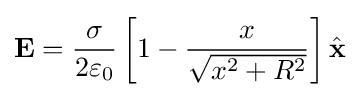
\mathbf {E} ={\frac {\sigma }{2\varepsilon _{0}}}\left[1-{\frac {x}{\sqrt {x^{2}+R^{2}}}}\right]{\hat {\mathbf {x} }}